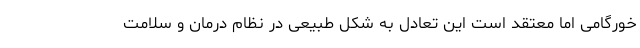
خورگامی اما معتقد است این تعادل به شکل طبیعی در نظام درمان و سلامت